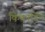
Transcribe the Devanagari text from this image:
किंकार्डिन